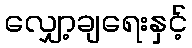
လျှော့ချရေးနှင့်